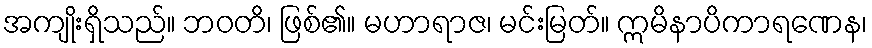
အကျိုးရှိသည်။ ဘဝတိ၊ ဖြစ်၏။ မဟာရာဇ၊ မင်းမြတ်။ ဣမိနာပိကာရဏေန၊